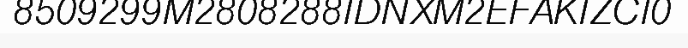
8509299M2808288IDNXM2EFAKIZCI0